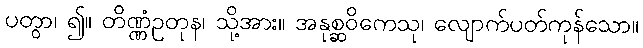
ပတွာ၊ ၍။ တိဏ္ဏံဥတုန၊ သို့အား။ အနုစ္ဆဝိကေသု၊ လျောက်ပတ်ကုန်သော။